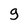
Character: g